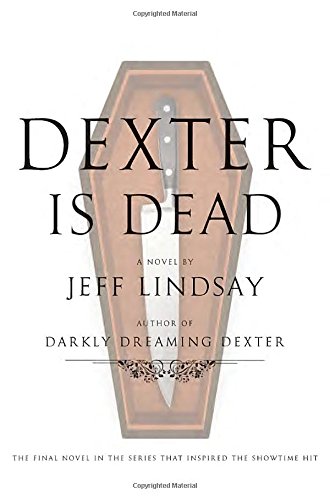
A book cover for Dexter Is Dead: A Novel (Dexter Series); Jeff Lindsay; Mystery, Thriller & Suspense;